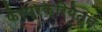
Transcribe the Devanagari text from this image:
फेरप्रक्रियेतून